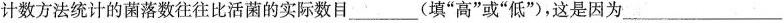
计数方法统计的菌落数往往比活菌的实际数目___(填”高”或”低”)，这是因为___